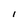
Character: I